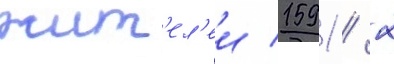
жит'ел'еи 1591 / 2